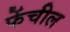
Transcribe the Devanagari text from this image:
फेंचील